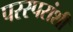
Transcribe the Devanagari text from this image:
परस्‍परांशी